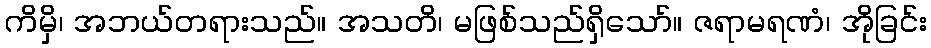
ကိမှိ၊ အဘယ်တရားသည်။ အသတိ၊ မဖြစ်သည်ရှိသော်။ ဇရာမရဏံ၊ အိုခြင်း